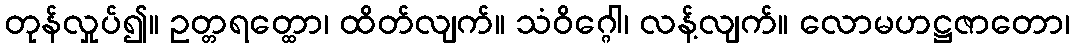
တုန်လှုပ်၍။ ဥတ္တရတ္ထော၊ ထိတ်လျက်။ သံဝိဂ္ဂေါ၊ လန့်လျက်။ လောမဟဋ္ဌဇာတော၊